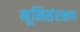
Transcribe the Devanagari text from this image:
भूमिसंरक्षण